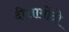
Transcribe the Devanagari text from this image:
दीत्तामोंदो